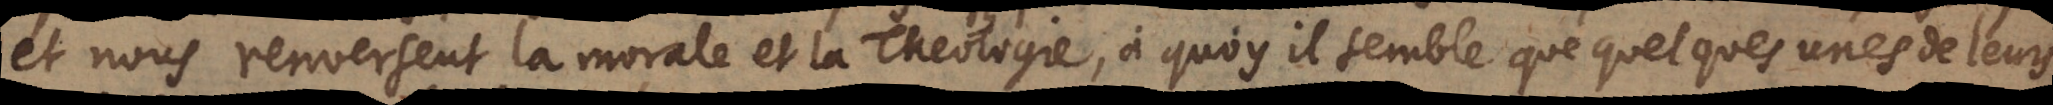
et nous renversent la morale et la Theologie, à quoy il semble que quelques unes de leur